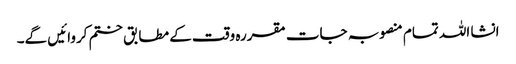
انشا اللہ تمام منصوبہ جات مقررہ وقت کے مطابق ختم کروائیں گے۔